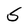
Character: S